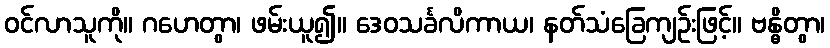
ဝင်လာသူကို။ ဂဟေတွာ၊ ဖမ်းယူ၍။ ဒေဝသင်္ခလိကာယ၊ နတ်သံခြေကျဉ်းဖြင့်။ ဗန္ဓိတွာ၊